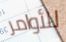
للأوامر